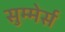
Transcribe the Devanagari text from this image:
सुम्मेर्स